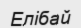
Елібай